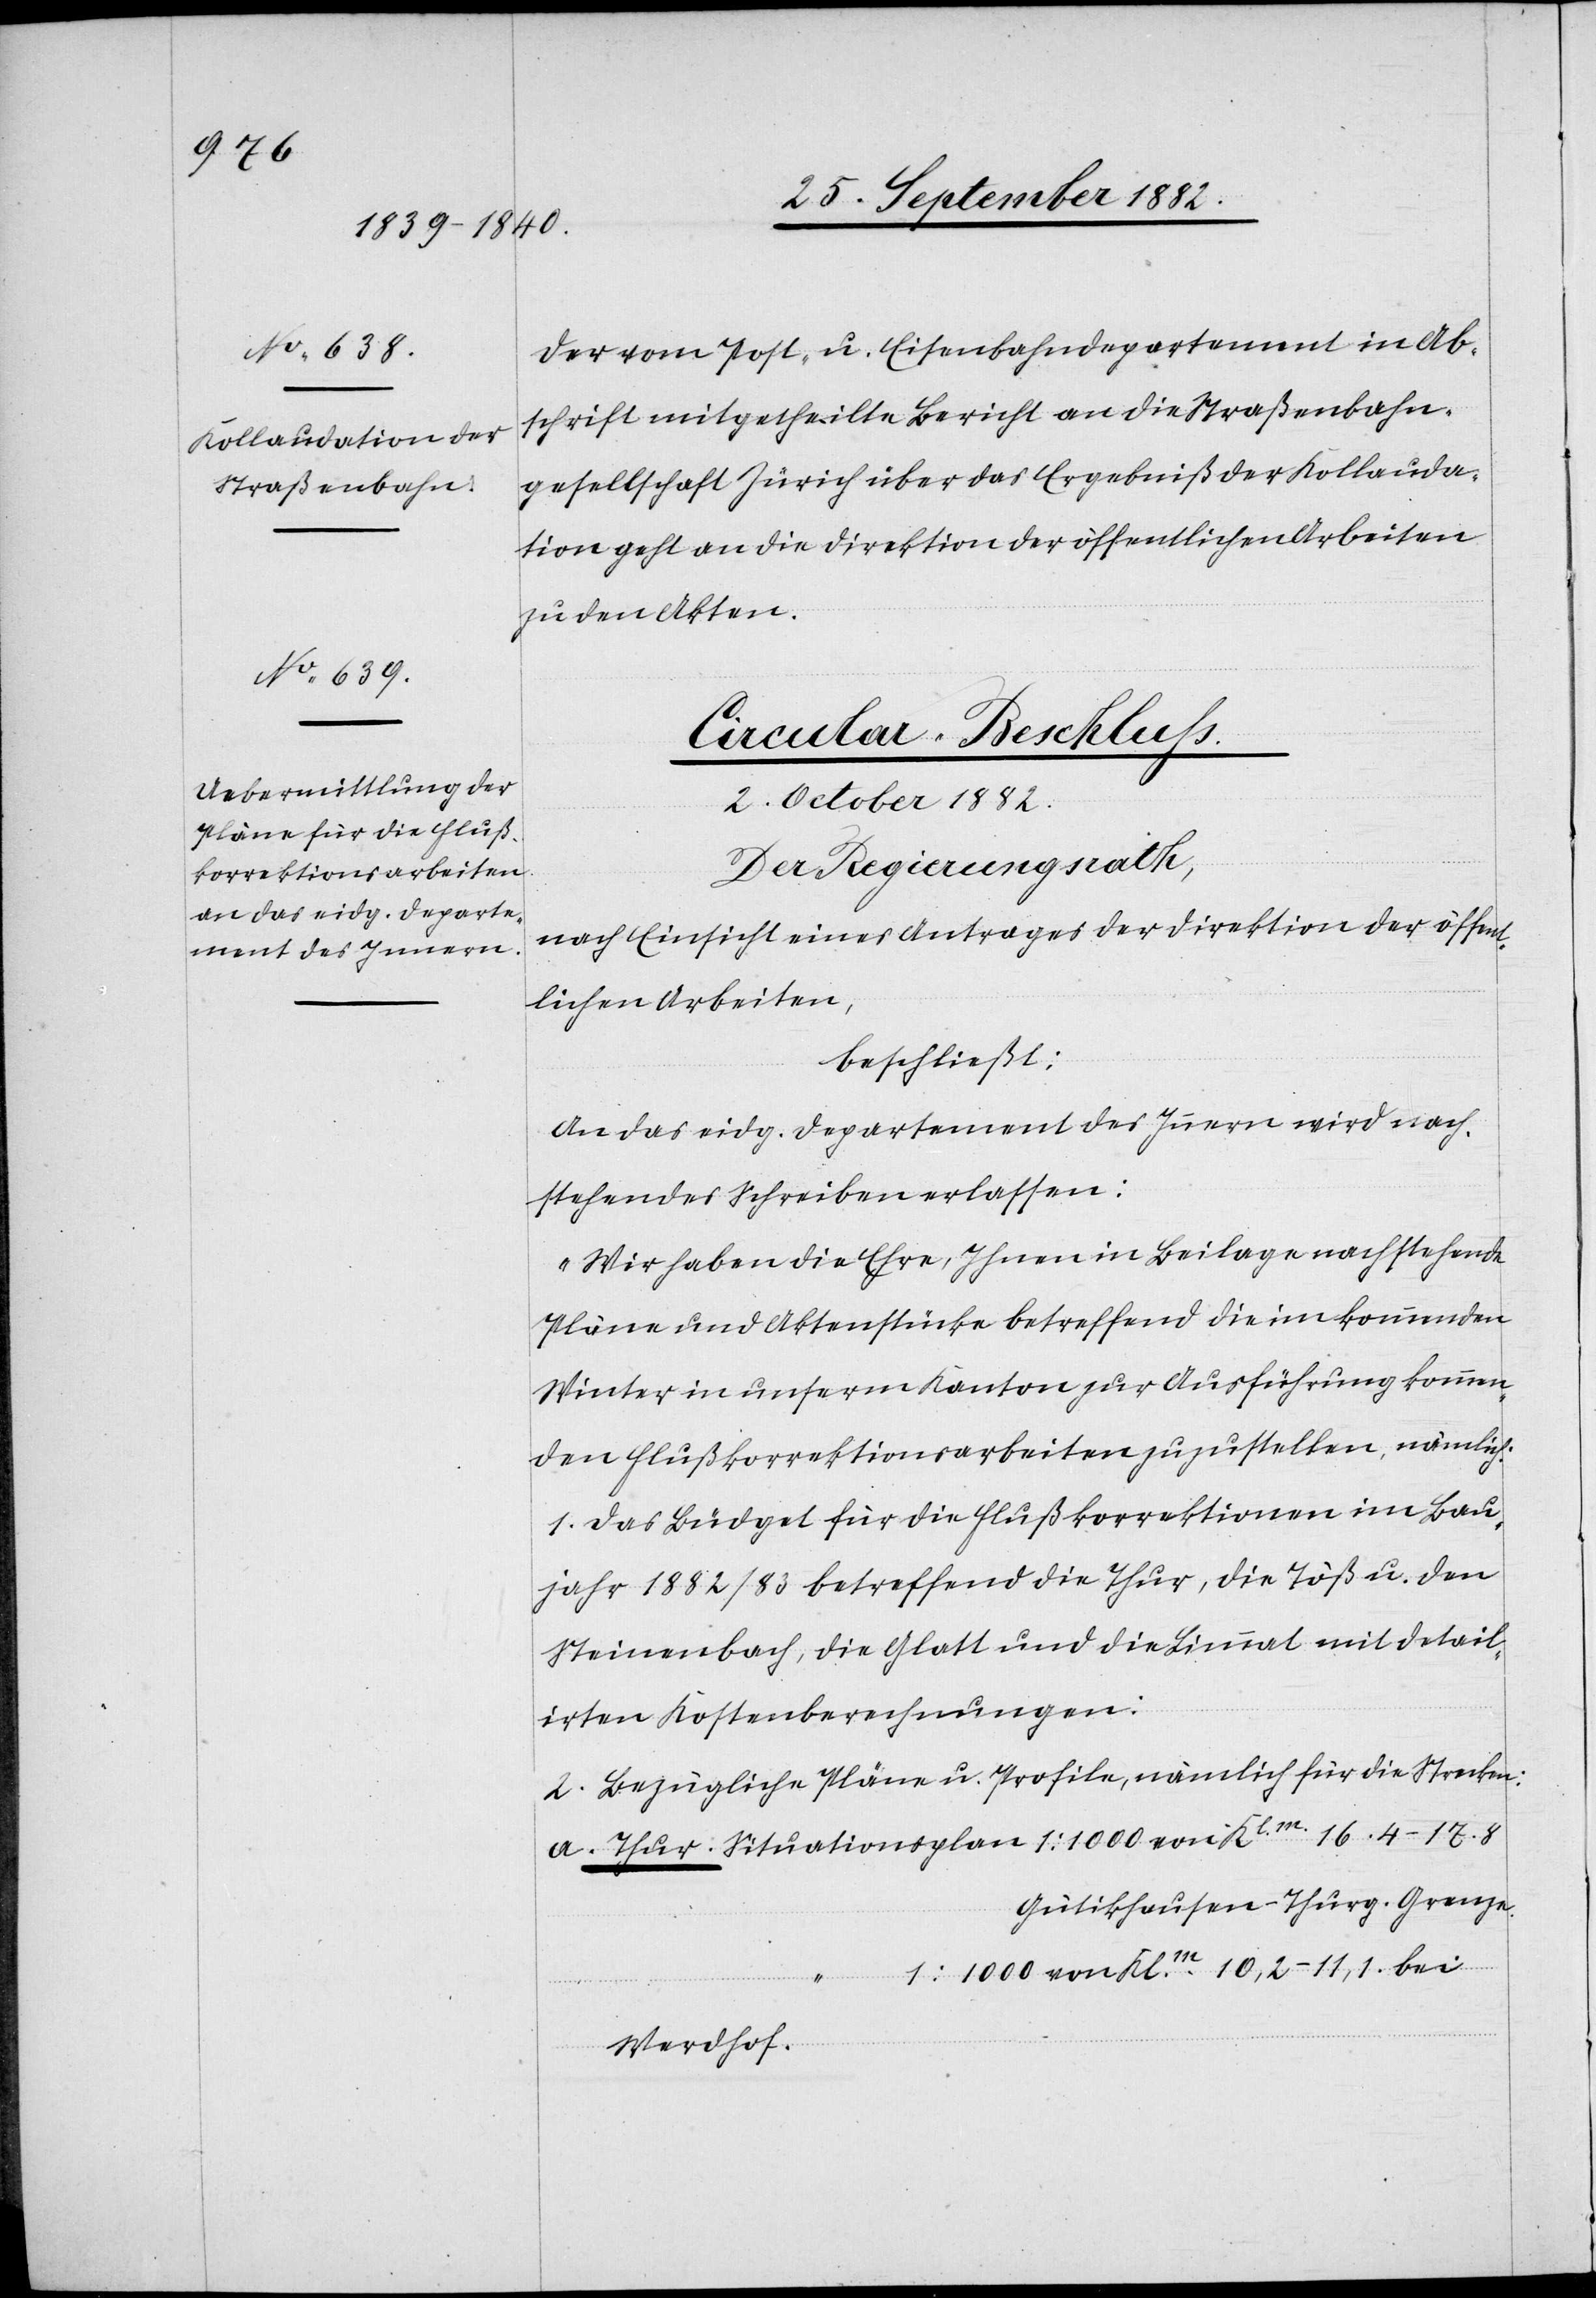
Der vom Post- u. Eisenbahndepartement in Ab¬
schrift mitgetheilte Bericht an die Straßenbahn¬
gesellschaft Zürich über das Ergebniß der Kollauda¬
tion geht an die Direktion der öffentlichen Arbeiten
zu den Akten.
Circular-Beschluß.
2. October 1882.
Der Regierungsrath,
nach Einsicht eines Antrages der Direktion der öffent¬
lichen Arbeiten,
beschließt:
An das eidg. Departement des Innern wird nach¬
stehendes Schreiben erlassen:
„Wir haben die Ehre, Ihnen in Beilage nachstehende
Pläne und Aktenstücke betreffend die im kommenden
Winter in unserm Kanton zur Ausführung kommen¬
den Flußkorrektionsarbeiten zuzustellen, nämlich:
1. Das Büdget für die Flußkorrektionen im Bau¬
jahr 1882/83 betreffend die Thur, die Töß & den
Steinenbach, die Glatt und die Limmat mit detail¬
irten Kostenberechnungen.
2. Bezügliche Pläne u. Profile, nämlich für die Strecken:
Gütikhausen–Thurg. Grenze
1:1000 von Klm 10,2–11,2 bei
von
Werdhof.